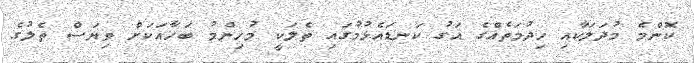
ކޮންމެ މުދަލަކާއި ހިދުމަތެއްގެ އަގު ކަނޑައެޅުމުގައި ތެލަކީ މުހިންމު ބަހާއަކަށް ވިޔަސް ތެލުގެ